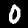
Label: 0